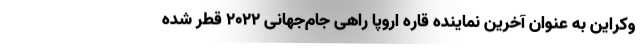
وکراین به عنوان آخرین نماینده قاره اروپا راهی جام‌جهانی ۲۰۲۲ قطر شده